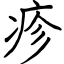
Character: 疹